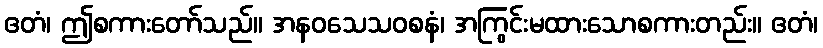
ဧတံ၊ ဤစကားတော်သည်။ အနဝသေသဝစနံ၊ အကြွင်းမထားသောစကားတည်း။ ဧတံ၊